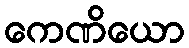
ကေဏိယော